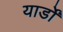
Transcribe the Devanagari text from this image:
यार्डों